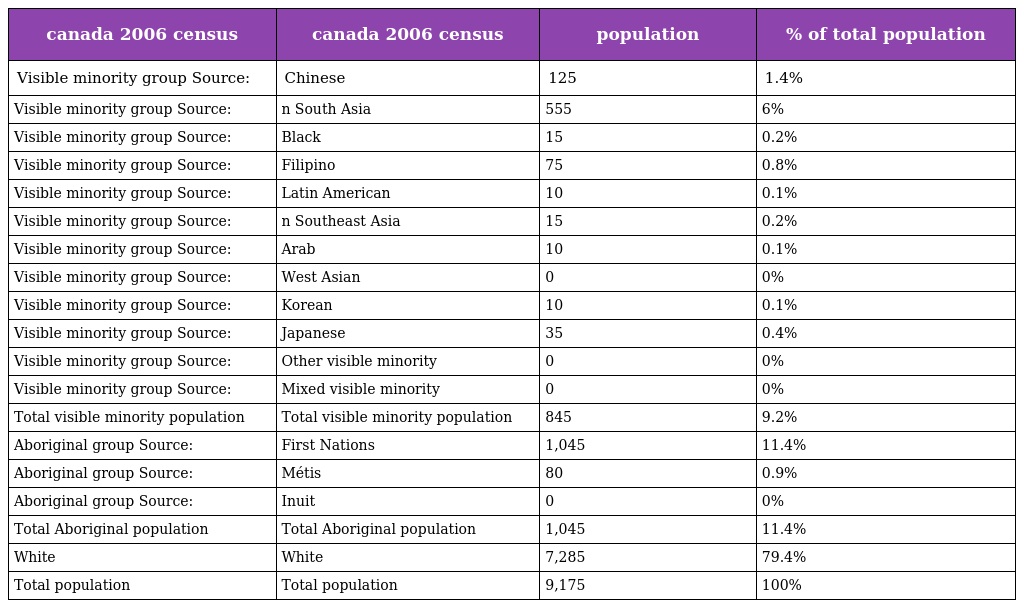
| canada 2006 census | canada 2006 census | population | % of total population |
 | --- | --- | --- | --- |
 | Visible minority group Source: | Chinese | 125 | 1.4% |
 | Visible minority group Source: | n South Asia | 555 | 6% |
 | Visible minority group Source: | Black | 15 | 0.2% |
 | Visible minority group Source: | Filipino | 75 | 0.8% |
 | Visible minority group Source: | Latin American | 10 | 0.1% |
 | Visible minority group Source: | n Southeast Asia | 15 | 0.2% |
 | Visible minority group Source: | Arab | 10 | 0.1% |
 | Visible minority group Source: | West Asian | 0 | 0% |
 | Visible minority group Source: | Korean | 10 | 0.1% |
 | Visible minority group Source: | Japanese | 35 | 0.4% |
 | Visible minority group Source: | Other visible minority | 0 | 0% |
 | Visible minority group Source: | Mixed visible minority | 0 | 0% |
 | Total visible minority population | Total visible minority population | 845 | 9.2% |
 | Aboriginal group Source: | First Nations | 1,045 | 11.4% |
 | Aboriginal group Source: | Métis | 80 | 0.9% |
 | Aboriginal group Source: | Inuit | 0 | 0% |
 | Total Aboriginal population | Total Aboriginal population | 1,045 | 11.4% |
 | White | White | 7,285 | 79.4% |
 | Total population | Total population | 9,175 | 100% |